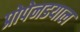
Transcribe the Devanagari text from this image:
प्रोपेनडयाल